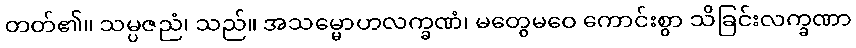
တတ်၏။ သမ္ပဇညံ၊ သည်။ အသမ္မောဟလက္ခဏံ၊ မတွေမဝေ ကောင်းစွာ သိခြင်းလက္ခဏာ